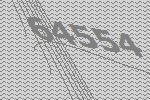
64554